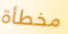
مخطأة